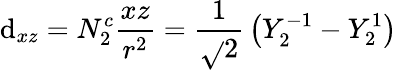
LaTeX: \mathrm{d}_{xz}=N_{2}^{c}{\frac{{xz}}{{r^{2}}}}={\frac{{1}}{{\sqrt{}{{2}}}}}\left(Y_{2}^{-1}-Y_{2}^{1}\right)